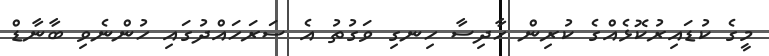
މީގެ ކުޑައިރުކޮޅެއްގެ ކުރިން ހާދިސާ ހިނގި ވަގުތު އެ ސަރަހައްދުގައި ހުންނެވި ބާނާޑް